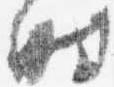
時